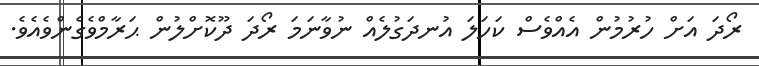
ރޯދަ އަށް ހުރުމުން އެއްވެސް ކަހަލަ އުނދަގުލެއް ނުވާނަމަ ރޯދަ ދޫކޮށްލުން ޙަރާމްވެގެންވެއެވެ.